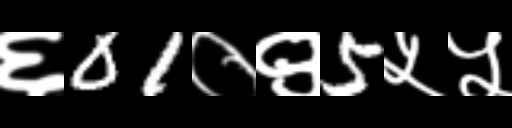
Text: ६01०९5५५